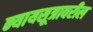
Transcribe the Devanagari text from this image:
न्यायसूत्रावरील